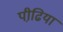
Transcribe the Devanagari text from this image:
पीढि़या